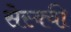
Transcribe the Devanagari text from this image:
सेस्क्वी